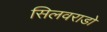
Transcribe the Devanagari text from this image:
सिलवराडो